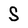
Character: S